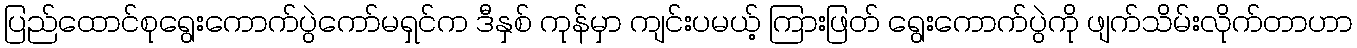
ပြည်ထောင်စုရွေးကောက်ပွဲကော်မရှင်က ဒီနှစ် ကုန်မှာ ကျင်းပမယ့် ကြားဖြတ် ရွေးကောက်ပွဲကို ဖျက်သိမ်းလိုက်တာဟာ